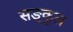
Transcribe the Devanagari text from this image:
सङ्कुल